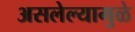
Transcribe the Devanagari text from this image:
असलेल्यामुळे